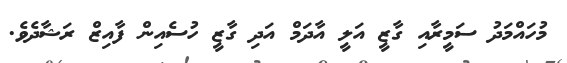
މުހައްމަދު ސަމީރާއި ގާޒީ އަލީ އާދަމް އަދި ގާޒީ ހުސެއިން ފާއިޒް ރަޝާދެވެ.